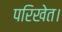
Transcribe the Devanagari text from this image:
परिखेत।